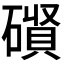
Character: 𮁃